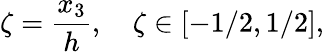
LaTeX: \zeta=\frac{x_{3}}{h},\quad\zeta\in[-1/2,1/2],